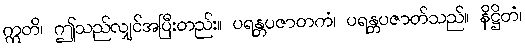
ဣတိ၊ ဤသည်လျှင်အပြီးတည်း။ ပရန္တပဇာတကံ၊ ပရန္တပဇာတ်သည်။ နိဋ္ဌိတံ၊